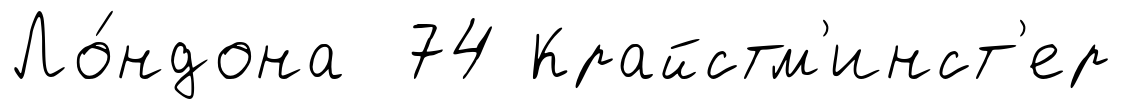
Ло́ндона 74 Крайстм'инст'ер